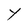
Character: Y